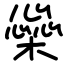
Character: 橤